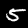
Digit: 5